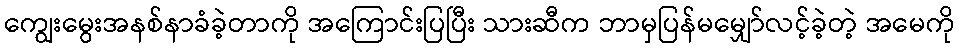
ကျွေးမွေးအနစ်နာခံခဲ့တာကို အကြောင်းပြပြီး သားဆီက ဘာမှပြန်မမျှော်လင့်ခဲ့တဲ့ အမေကို